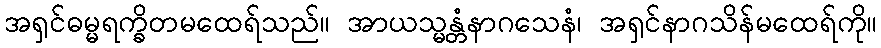
အရှင်ဓမ္မရက္ခိတမထေရ်သည်။ အာယသ္မန္တံနာဂသေနံ၊ အရှင်နာဂသိန်မထေရ်ကို။